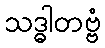
သဒ္ဓါတဗ္ဗံ